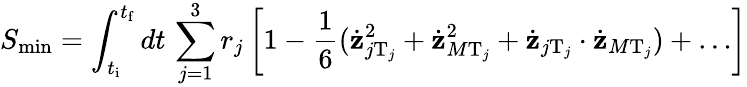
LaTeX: S_{\operatorname*{min}}=\int_{t_{\mathrm{i}}}^{t_{\mathrm{f}}}dt\, \sum_{j=1}^{3}r_{j}\left[1-\frac{1}{6}(\dot{{\mathbf z}}_{j\mathrm{T}_{j}}^{2}+\dot{{\mathbf z}}_{M\mathrm{T}_{j}}^{2}+\dot{{\mathbf z}}_{j\mathrm{T}_{j}}\cdot\dot{{\mathbf z}}_{M\mathrm{T}_{j}})+\ldots\right]